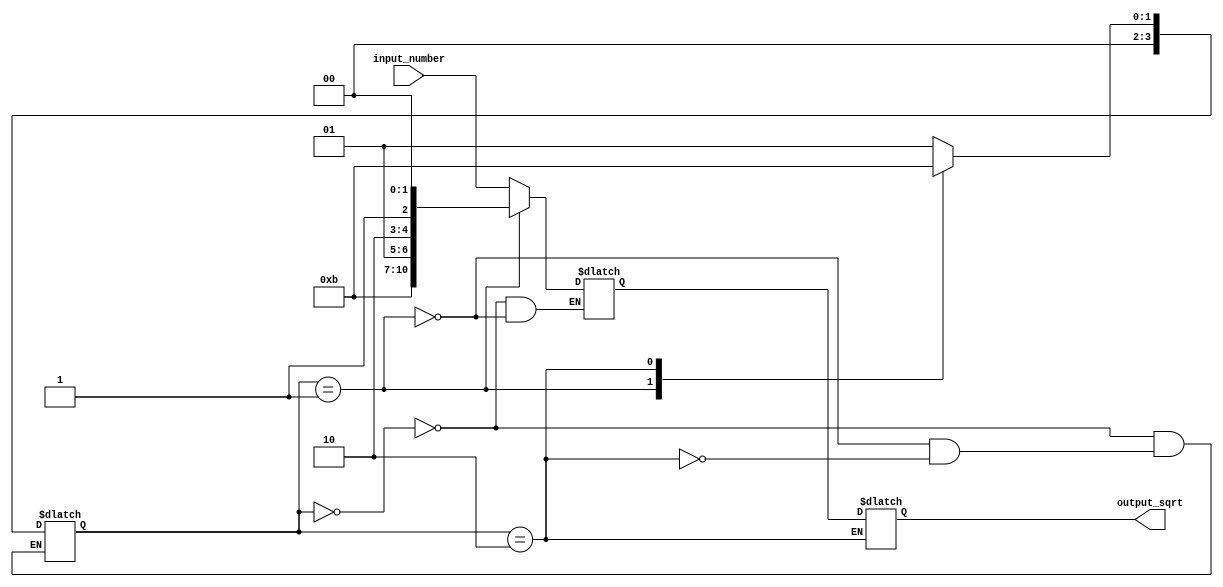
module sqrt_block (
    input wire signed [15:0] input_number,
    output reg signed [15:0] output_sqrt
);

reg signed [15:0] intermediate_value;
reg [3:0] state;

always @* begin
    case (state)
        0: begin // Input Register
            intermediate_value = input_number;
            state = 1;
        end
        1: begin // Square Root Calculation
            intermediate_value = sqrt_calculate(intermediate_value);
            state = 2;
        end
        2: begin // Output Register
            output_sqrt = intermediate_value;
            state = 3;
        end
    endcase
end

function signed [15:0] sqrt_calculate;
    input signed [15:0] input_value;
    begin
        // Your square root calculation implementation here using arithmetic operations
    end
endfunction

endmodule